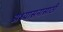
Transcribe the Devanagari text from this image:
अध्यासनासाठी